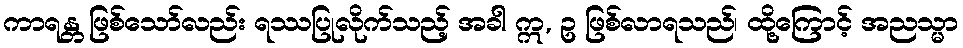
ကာရန္တ ဖြစ်သော်လည်း ရဿပြုလိုက်သည့် အခါ ဣ, ဥ ဖြစ်လာရသည်၊ ထို့ကြောင့် အညသ္မာ